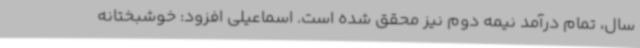
سال، تمام درآمد نیمه دوم نیز محقق شده است. اسماعیلی افزود: خوشبختانه